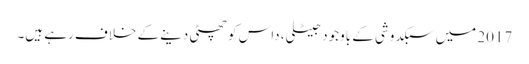
2017 میں سبکدوشی کے باوجود جیٹلی، داس کو چھٹی دینے کے خلاف رہے ہیں۔